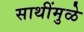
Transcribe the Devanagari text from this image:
साथींमुळे